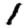
Digit: 1